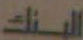
البنك